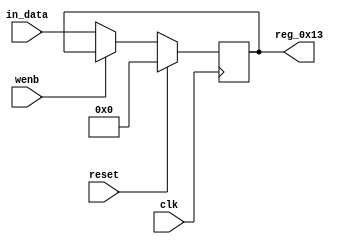
module r_ALERT_MASK_HIGH(output reg [7:0] reg_0x13, input wire reset, input wire wenb, input wire [7:0] in_data, input wire clk);
	always@(posedge clk)
	begin
		if(reset==0) begin
			if(wenb==0)
				reg_0x13<=in_data;
			else
				reg_0x13<=reg_0x13;
		end
		else
			reg_0x13<=8'h00;
	end
endmodule